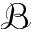
\mathcal { B }